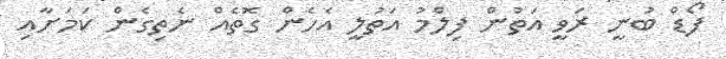
ފޯޑް ބުނީ ރަވީ އަތުން ފިލްމު އަތުލީ އެހެން ގޮތެއް ނެތިގެން ކަމަށާއި